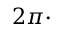
2 \pi \cdot